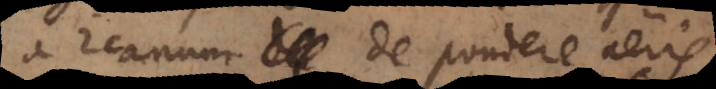
arcanum de pondere aëris